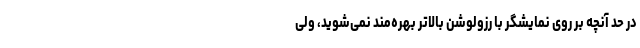
در حد آنچه بر روی نمایشگر با رزولوشن بالاتر بهره‌مند نمی‌شوید، ولی